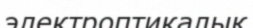
электроптикалық